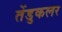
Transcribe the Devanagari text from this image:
तेंडुकलर